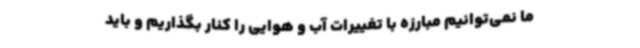
ما نمی‌توانیم مبارزه با تغییرات آب و هوایی را کنار بگذاریم و باید